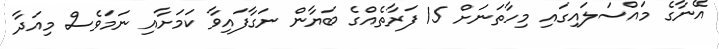
އޭނާގެ މައްސަލައިގައި މިހާތަނަށް 15 ފަރާތެއްގެ ބަޔާން ނަގާފައިވާ ކަމަށާއި ނަމަވެސް މިއަދާ